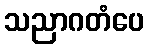
သညာဂတံပေ